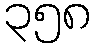
၃၅၈